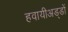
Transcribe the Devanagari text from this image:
हवायीअड्डों